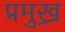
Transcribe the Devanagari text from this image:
प्रमुख्र